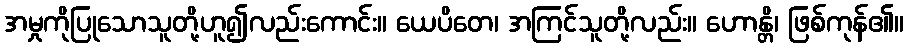
အမှုကိုပြုသောသူတို့ဟူ၍လည်းကောင်း။ ယေပိတေ၊ အကြင်သူတို့လည်း။ ဟောန္တိ၊ ဖြစ်ကုန်၏။